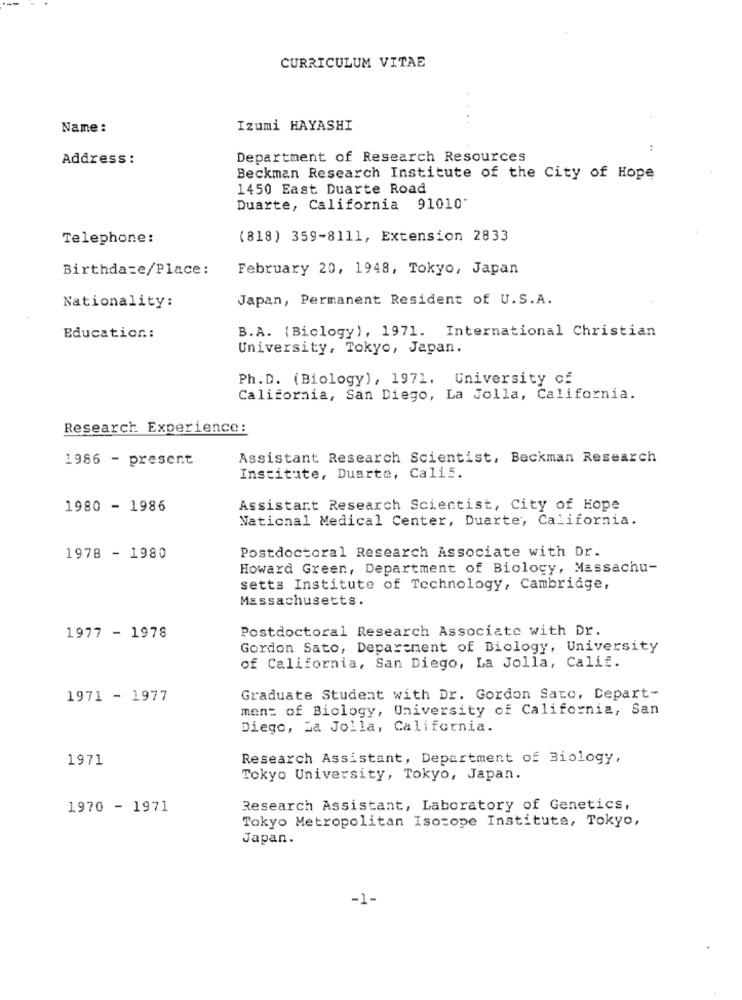
CURRICULUM VITAE
Name :
Izumi HAYASHI
:
Address :
Department of Research Resources
Beckman Research Institute of the City of Hope
1450 East Duarte Road
Duarte, California 91010'
Telephone:
(818) 359-8111, Extension 2833
Birthdate/Place:
February 20, 1948, Tokyo, Japan
Japan, Permanent Resident of U.S.A.
Nationality:
B.A. (Biclogy), 1971. International Christian
Education .:
University, Tokyo, Japan.
Ph.D. (Biology), 1971. University of
California, San Diego, La Jolla, California.
Research Experience:
1986 - present
Assistant Research Scientist, Beckman Research
Institute, Duarte, Calif.
1980 - 1986
Assistant Research Scientist, City of Hope
National Medical Center, Duarte, California.
Postdoctoral Research Associate with Dr.
1978 - 1980
Howard Green, Department of Biology, Massachu-
setts Institute of Technology, Cambridge,
Massachusetts.
Postdoctoral Research Associate with Dr.
1977 - 1978
Gordon Sato, Department of Biology, University
of California, San Diego, La Jolla, Calif.
1971 - 1977
Graduate Student with Dr. Gordon Sato, Depart-
ment of Biology, University of California, San
Diego, La Jolla, California.
1971
Research Assistant, Department of Biology,
Tokyo University, Tokyo, Japan.
1970 - 1971
Research Assistant, Laboratory of Genetics,
Tokyo Metropolitan Isotope Institute, Tokyo,
Japan.